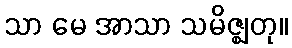
သာ မေ အာသာ သမိဇ္ဈတု။